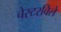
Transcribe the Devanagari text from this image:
चेस्टरविले